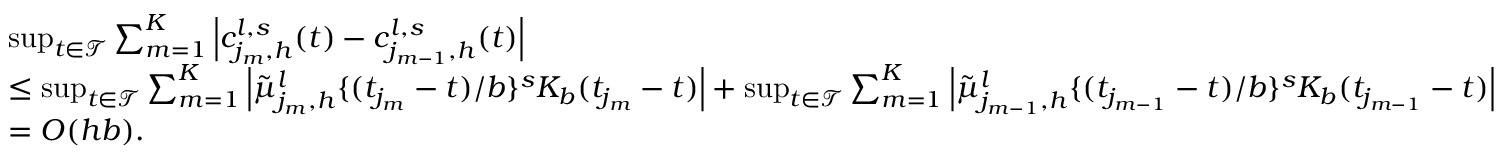
\begin{array} { r l } & { \operatorname* { s u p } _ { t \in \mathcal { T } } \sum _ { m = 1 } ^ { K } \left| c _ { j _ { m } , h } ^ { l , s } ( t ) - c _ { j _ { m - 1 } , h } ^ { l , s } ( t ) \right| } \\ & { \leq \operatorname* { s u p } _ { t \in \mathcal { T } } \sum _ { m = 1 } ^ { K } \left| \tilde { \mu } _ { j _ { m } , h } ^ { l } \{ ( t _ { j _ { m } } - t ) / b \} ^ { s } K _ { b } ( t _ { j _ { m } } - t ) \right| + \operatorname* { s u p } _ { t \in \mathcal { T } } \sum _ { m = 1 } ^ { K } \left| \tilde { \mu } _ { j _ { m - 1 } , h } ^ { l } \{ ( t _ { j _ { m - 1 } } - t ) / b \} ^ { s } K _ { b } ( t _ { j _ { m - 1 } } - t ) \right| } \\ & { = O ( h b ) . } \end{array}